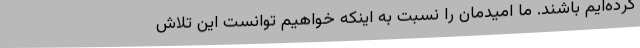
کرده‌ایم باشند. ما امیدمان را نسبت به اینکه خواهیم توانست این تلاش